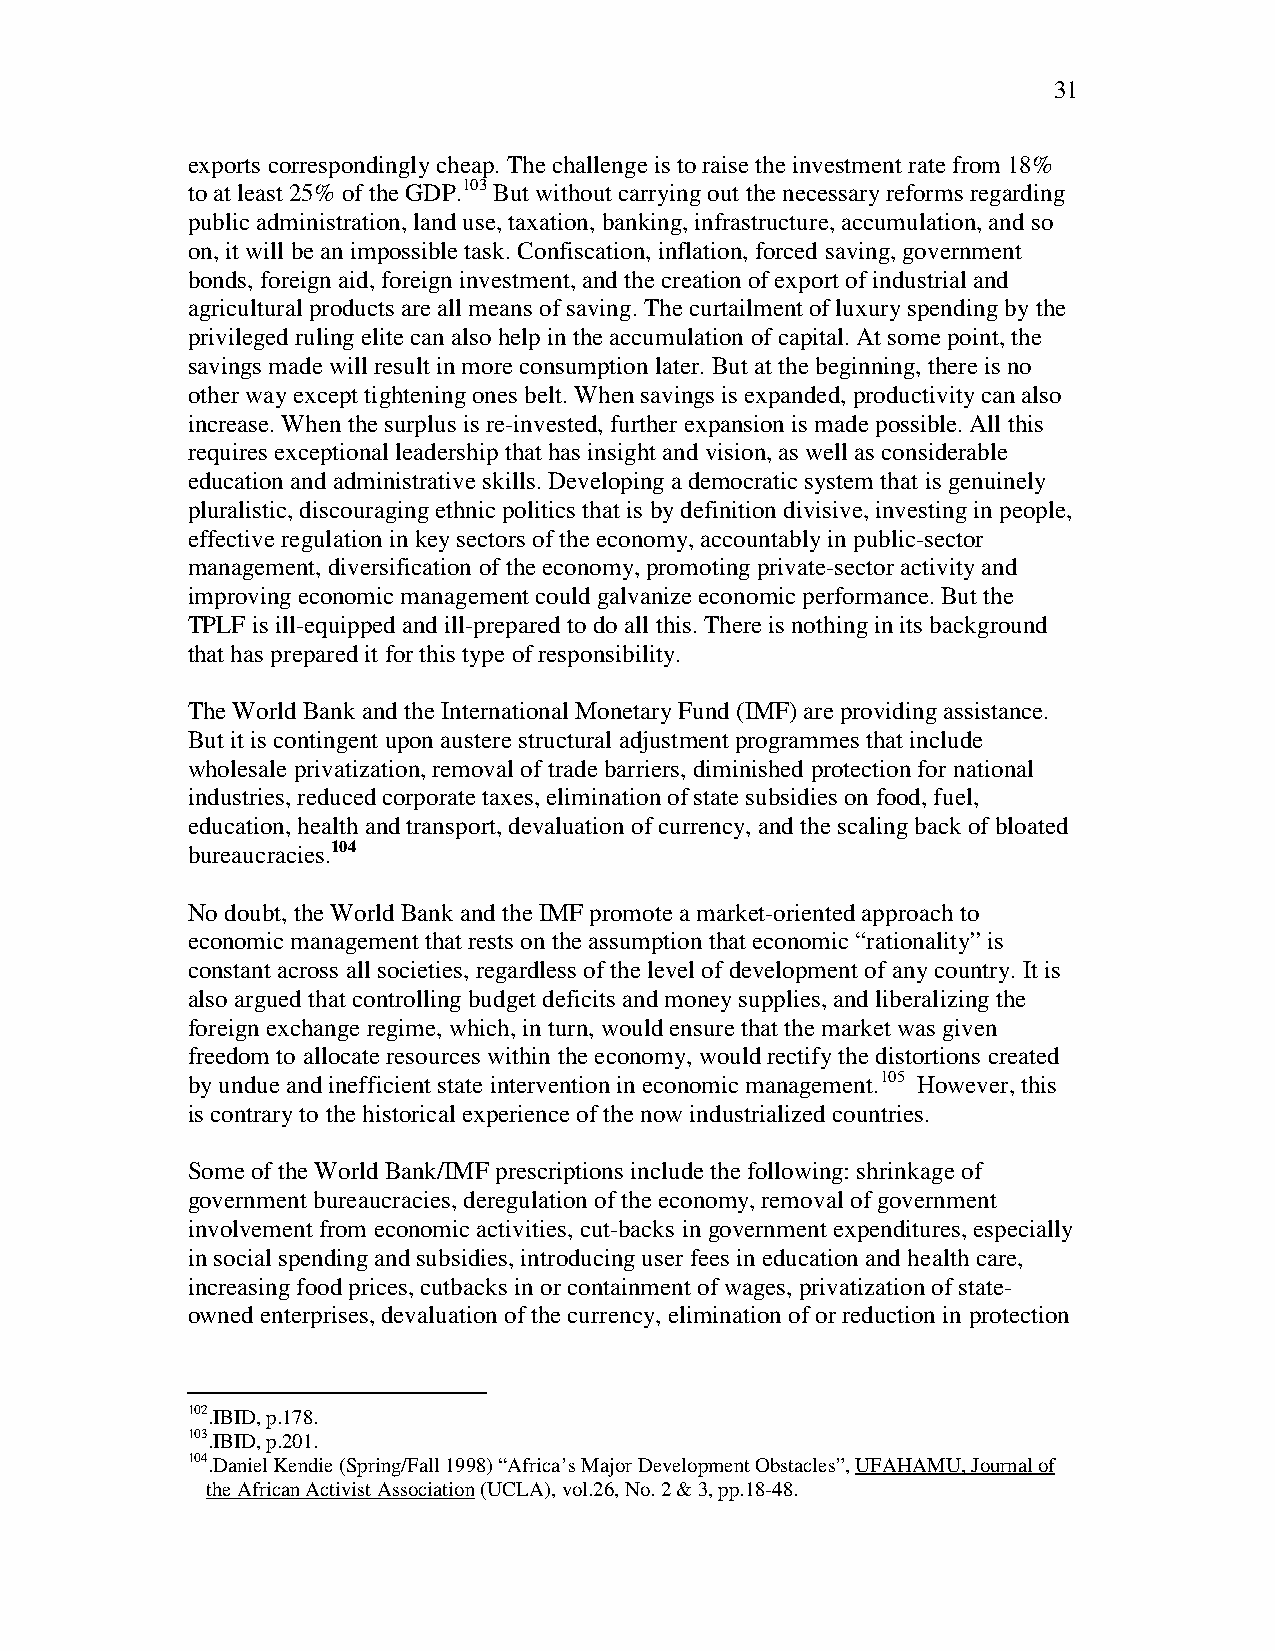
31
 exports correspondingly cheap. The challenge is to raise the investment rate from 18%
 to at least 25% of the GDP.103 But without carrying out the necessary reforms regarding
 public administration, land use, taxation, banking, infrastructure, accumulation, and so
 on, it will be an impossible task. Confiscation, inflation, forced saving, government
 bonds, foreign aid, foreign investment, and the creation of export of industrial and
 agricultural products are all means of saving. The curtailment of luxury spending by the
 privileged ruling elite can also help in the accumulation of capital. At some point, the
 savings made will result in more consumption later. But at the beginning, there is no
 other way except tightening ones belt. When savings is expanded, productivity can also
 increase. When the surplus is re-invested, further expansion is made possible. All this
 requires exceptional leadership that has insight and vision, as well as considerable
 education and administrative skills. Developing a democratic system that is genuinely
 pluralistic, discouraging ethnic politics that is by definition divisive, investing in people,
 effective regulation in key sectors of the economy, accountably in public-sector
 management, diversification of the economy, promoting private-sector activity and
 improving economic management could galvanize economic performance. But the
 TPLF is ill-equipped and ill-prepared to do all this. There is nothing in its background
 that has prepared it for this type of responsibility.
 The World Bank and the International Monetary Fund (IMF) are providing assistance.
 But it is contingent upon austere structural adjustment programmes that include
 wholesale privatization, removal of trade barriers, diminished protection for national
 industries, reduced corporate taxes, elimination of state subsidies on food, fuel,
 education, health and transport, devaluation of currency, and the scaling back of bloated
 bureaucracies.104
 No doubt, the World Bank and the IMF promote a market-oriented approach to
 economic management that rests on the assumption that economic “rationality” is
 constant across all societies, regardless of the level of development of any country. It is
 also argued that controlling budget deficits and money supplies, and liberalizing the
 foreign exchange regime, which, in turn, would ensure that the market was given
 freedom to allocate resources within the economy, would rectify the distortions created
 by undue and inefficient state intervention in economic management.105 However, this
 is contrary to the historical experience of the now industrialized countries.
 Some of the World Bank/IMF prescriptions include the following: shrinkage of
 government bureaucracies, deregulation of the economy, removal of government
 involvement from economic activities, cut-backs in government expenditures, especially
 in social spending and subsidies, introducing user fees in education and health care,
 increasing food prices, cutbacks in or containment of wages, privatization of state-
 owned enterprises, devaluation of the currency, elimination of or reduction in protection
 102.IBID, p.178.
 103.IBID, p.201.
 104.Daniel Kendie (Spring/Fall 1998) “Africa’s Major Development Obstacles”, UFAHAMU, Journal of
 the African Activist Association (UCLA), vol.26, No. 2 & 3, pp.18-48.